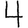
Digit: 4